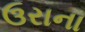
ઉરાના